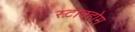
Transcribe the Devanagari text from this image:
स्टाक्होम